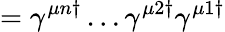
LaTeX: =\gamma^{\mu n\dagger}\dots\gamma^{\mu 2\dagger}\gamma^{\mu 1\dagger}